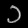
Digit: ၁